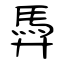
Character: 馵